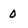
Character: 0